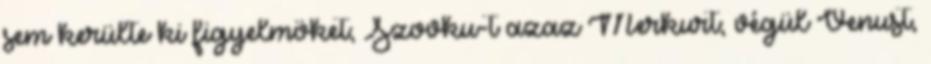
sem kerülte ki figyelmöket; Szovku-t azaz Merkurt; végül Venust,